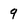
Character: 9